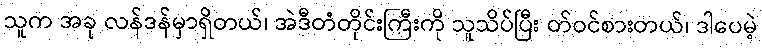
သူက အခု လန်ဒန်မှာရှိတယ်၊ အဲဒီတံတိုင်းကြီးကို သူသိပ်ပြီး တ်ဝင်စားတယ်၊ ဒါပေမဲ့